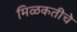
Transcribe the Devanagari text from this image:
मिळकतीचे